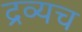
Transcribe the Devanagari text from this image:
द्रव्यच